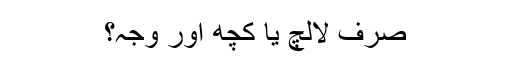
صرف لالچ یا کچھ اور وجہ؟